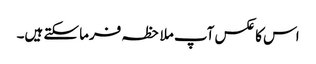
اس کا عکس آپ ملاحظہ فرما سکتے ہیں۔